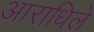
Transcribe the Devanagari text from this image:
आराधिले